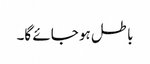
باطل ہو جائے گا۔